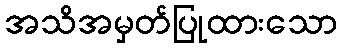
အသိအမှတ်ပြုထားသော